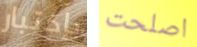
بإختبار اصلحت